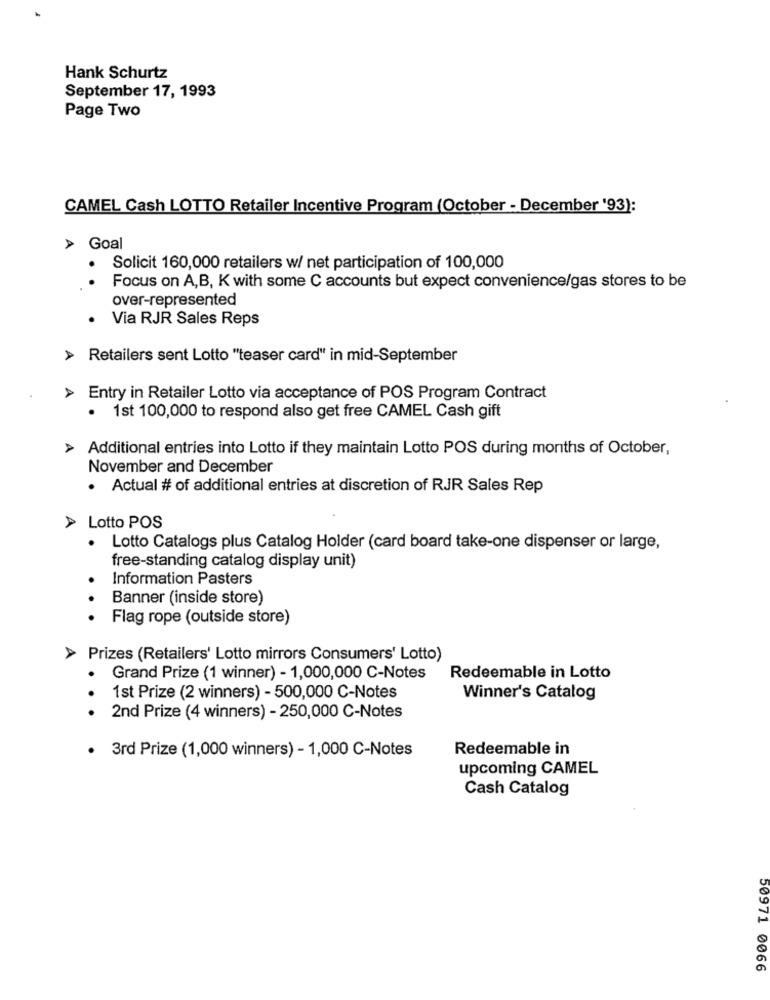
Hank Schurtz
September 17, 1993
Page Two
CAMEL Cash LOTTO Retailer Incentive Program (October - December '93):
> Goal
· Solicit 160,000 retailers w/ net participation of 100,000
Focus on A,B, K with some C accounts but expect convenience/gas stores to be
over-represented
Via RJR Sales Reps
> Retailers sent Lotto "teaser card" in mid-September
> Entry in Retailer Lotto via acceptance of POS Program Contract
· 1st 100,000 to respond also get free CAMEL Cash gift
Additional entries into Lotto if they maintain Lotto POS during months of October,
November and December
· Actual # of additional entries at discretion of RJR Sales Rep
>Lotto POS
· Lotto Catalogs plus Catalog Holder (card board take-one dispenser or large,
free-standing catalog display unit)
Information Pasters
Banner (inside store)
.. .
Flag rope (outside store)
Prizes (Retailers' Lotto mirrors Consumers' Lotto)
Grand Prize (1 winner) - 1,000,000 C-Notes
Redeemable in Lotto
1st Prize (2 winners) - 500,000 C-Notes
Winner's Catalog
. . .
2nd Prize (4 winners) - 250,000 C-Notes
3rd Prize (1,000 winners) - 1,000 C-Notes
Redeemable in
upcoming CAMEL
Cash Catalog
50971 0066